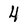
Character: 4